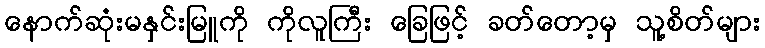
နောက်ဆုံးမနှင်းမြူကို ကိုလူကြီး ခြေဖြင့် ခတ်တော့မှ သူ့စိတ်များ